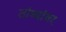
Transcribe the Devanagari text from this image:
तांब्यांवर